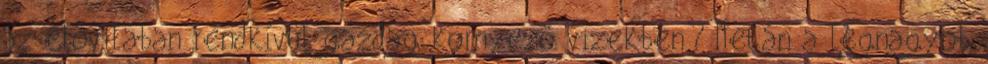
az élővilában rendkívül gazdag környező vizekben? Netán a legnagyob